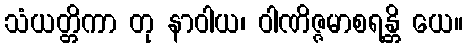
သံယတ္တိကာ တု နာဝါယ၊ ဝါဏိဇ္ဇမာစရန္တိ ယေ။